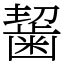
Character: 𪘂